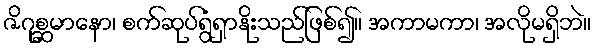
ဇိဂုစ္ဆမာနော၊ စက်ဆုပ်ရွံရှာနိုးသည်ဖြစ်၍။ အကာမကာ၊ အလိုမရှိဘဲ။